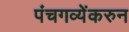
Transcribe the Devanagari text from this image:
पंचगव्येंकरुन